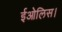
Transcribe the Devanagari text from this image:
ईओलिस।